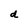
Character: d